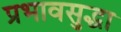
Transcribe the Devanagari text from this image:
प्रभावसुद्धा